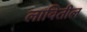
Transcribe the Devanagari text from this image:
लावितील